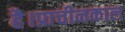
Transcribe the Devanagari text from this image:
है।प्राचीनकाल